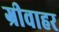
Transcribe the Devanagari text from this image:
ग्रीवाहर